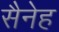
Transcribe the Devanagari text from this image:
सैनेह